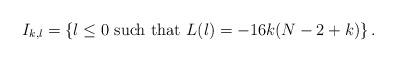
LaTeX: \begin{align*}I_{k,\l}=\left\{\l\le0\hbox{ such that }L(\l)=-16k(N-2+k)\right\}.\end{align*}